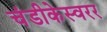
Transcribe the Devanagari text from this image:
चंडीकेस्वरर